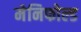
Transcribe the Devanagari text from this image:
मेनिफोल्ड